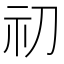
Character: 𥘉